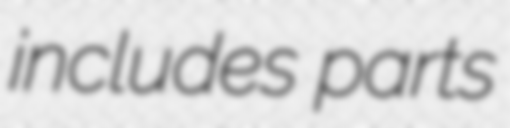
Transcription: includes parts